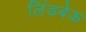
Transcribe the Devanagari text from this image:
लिंडबेक